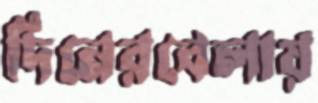
দিনেরবেলায়